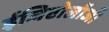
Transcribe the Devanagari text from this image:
ईजिप्टोलॉजी